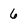
Character: 6